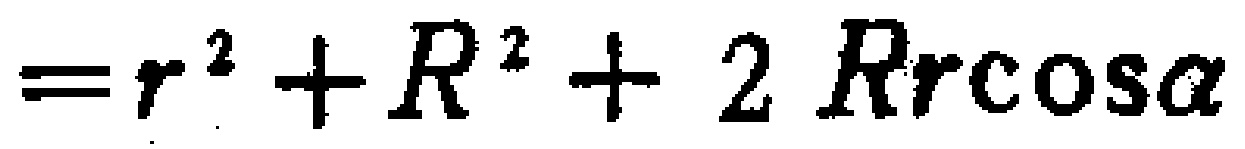
$=r^{2}+R^{2}+2Rr\cos\alpha$